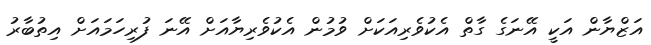
އަޒްޔާން އަކީ އޭނަގެ ގާތް އެކުވެރިއަކަށް ވުމުން އެކުވެރިޔާއަށް އޭނަ ފުރިހަމައަށް އިތުބާރު